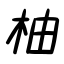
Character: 柚